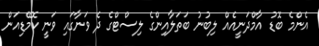
އެންމެ ބޮޑު އާމްދަނީއެއް ލިބުނު ބަތަލާއިންގެ ލިސްޓްގެ ދެ ވަނާގައި ވަނީ ކޮމޭޑިއަން